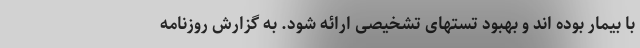
با بیمار بوده اند و بهبود تستهای تشخیصی ارائه شود. به گزارش روزنامه